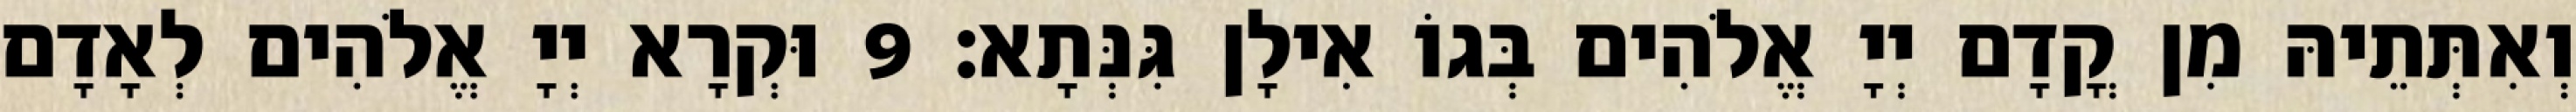
וְאִתְּתֵיהּ מִן קֳדָם יְיָ אֱלֹהִים בְּגוֹ אִילָן גִּנְּתָא׃ 9 וּקְרָא יְיָ אֱלֹהִים לְאָדָם